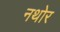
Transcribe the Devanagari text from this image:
नथोर